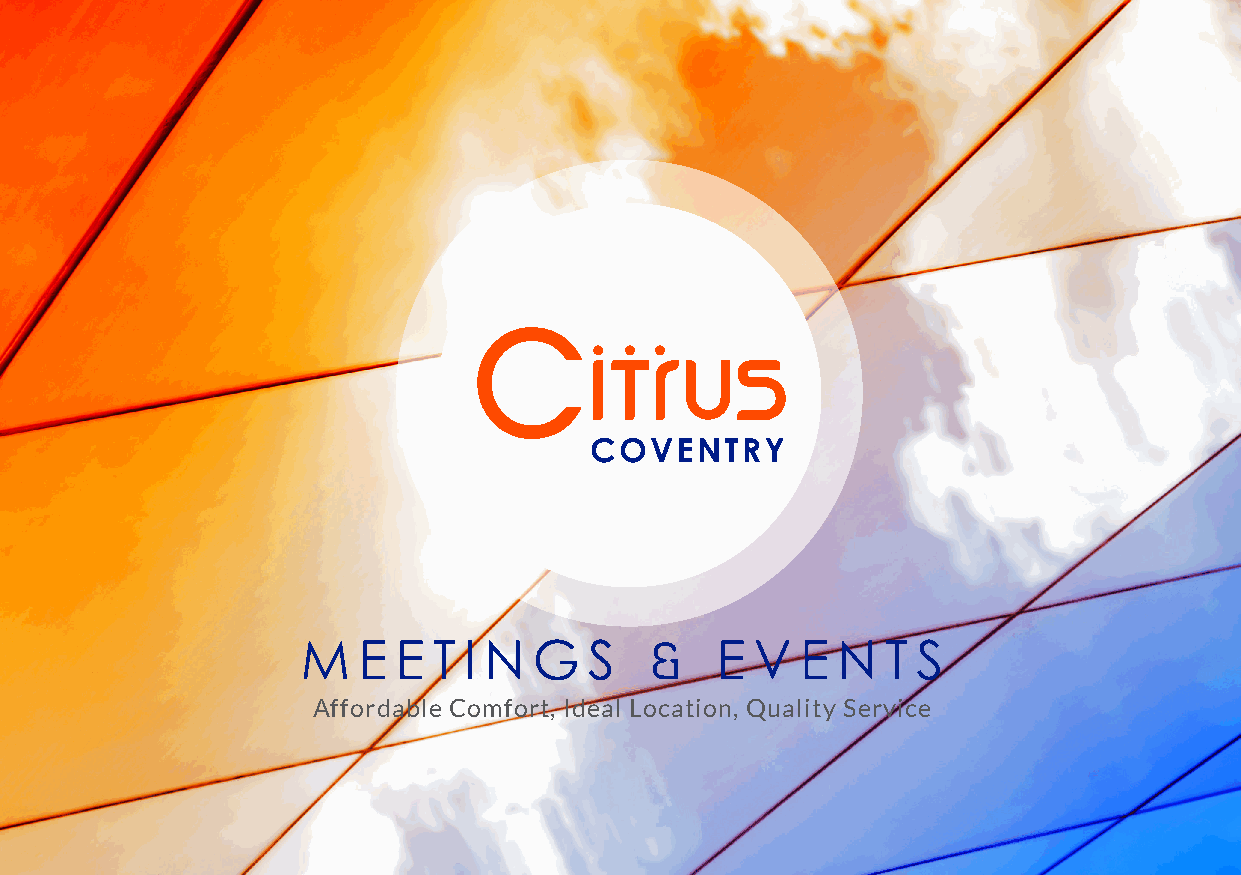
M   E E  T I N G   S   &   E  V  E N   T S
 Affordable Comfort, Ideal Location, Quality Service